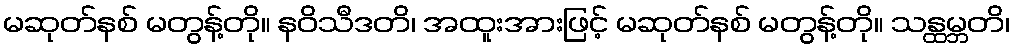
မဆုတ်နစ် မတွန့်တို။ နဝိသီဒတိ၊ အထူးအားဖြင့် မဆုတ်နစ် မတွန့်တို။ သန္ထမ္ဘတိ၊